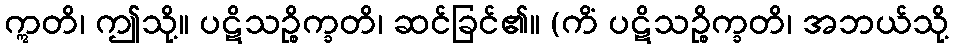
ဣတိ၊ ဤသို့။ ပဋိသဉ္စိက္ခတိ၊ ဆင်ခြင်၏။ (ကိံ ပဋိသဉ္စိက္ခတိ၊ အဘယ်သို့